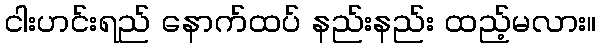
ငါးဟင်းရည် နောက်ထပ် နည်းနည်း ထည့်မလား။